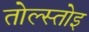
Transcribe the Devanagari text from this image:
तोल्स्तोइ